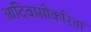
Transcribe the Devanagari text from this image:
आदिवासींकरिता